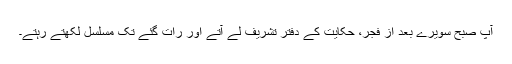
آپ صبح سویرے بعد از فجر، حکایت کے دفتر تشریف لے آتے اور رات گئے تک مسلسل لکھتے رہتے۔